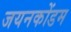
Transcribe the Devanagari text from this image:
जयनकोंडम